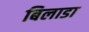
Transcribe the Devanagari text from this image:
बिलाडा